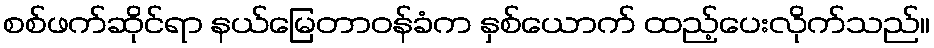
စစ်ဖက်ဆိုင်ရာ နယ်မြေတာဝန်ခံက နှစ်ယောက် ထည့်ပေးလိုက်သည်။